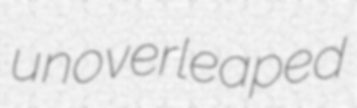
unoverleaped